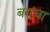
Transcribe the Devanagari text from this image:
बसूंचा